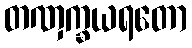
တဏှက္ခယရတော